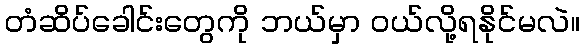
တံဆိပ်ခေါင်းတွေကို ဘယ်မှာ ဝယ်လို့ရနိုင်မလဲ။